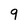
Character: 9